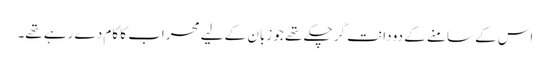
اس کے سامنے کے دو دانت گر چکے تھے جو زبان کے لیے محراب کا کام دے رہے تھے۔